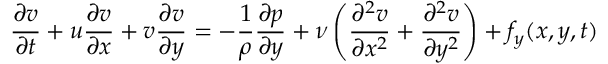
{ \frac { \partial v } { \partial t } } + u { \frac { \partial v } { \partial x } } + v { \frac { \partial v } { \partial y } } = - { \frac { 1 } { \rho } } { \frac { \partial p } { \partial y } } + \nu \left( { \frac { \partial ^ { 2 } v } { \partial x ^ { 2 } } } + { \frac { \partial ^ { 2 } v } { \partial y ^ { 2 } } } \right) + f _ { y } ( x , y , t )